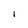
Character: I